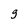
Character: g